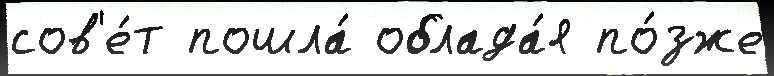
сов'е́т пошла́ облада́я по́зже